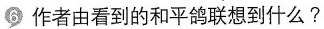
6作者由看到的和平鸽联想到什么?